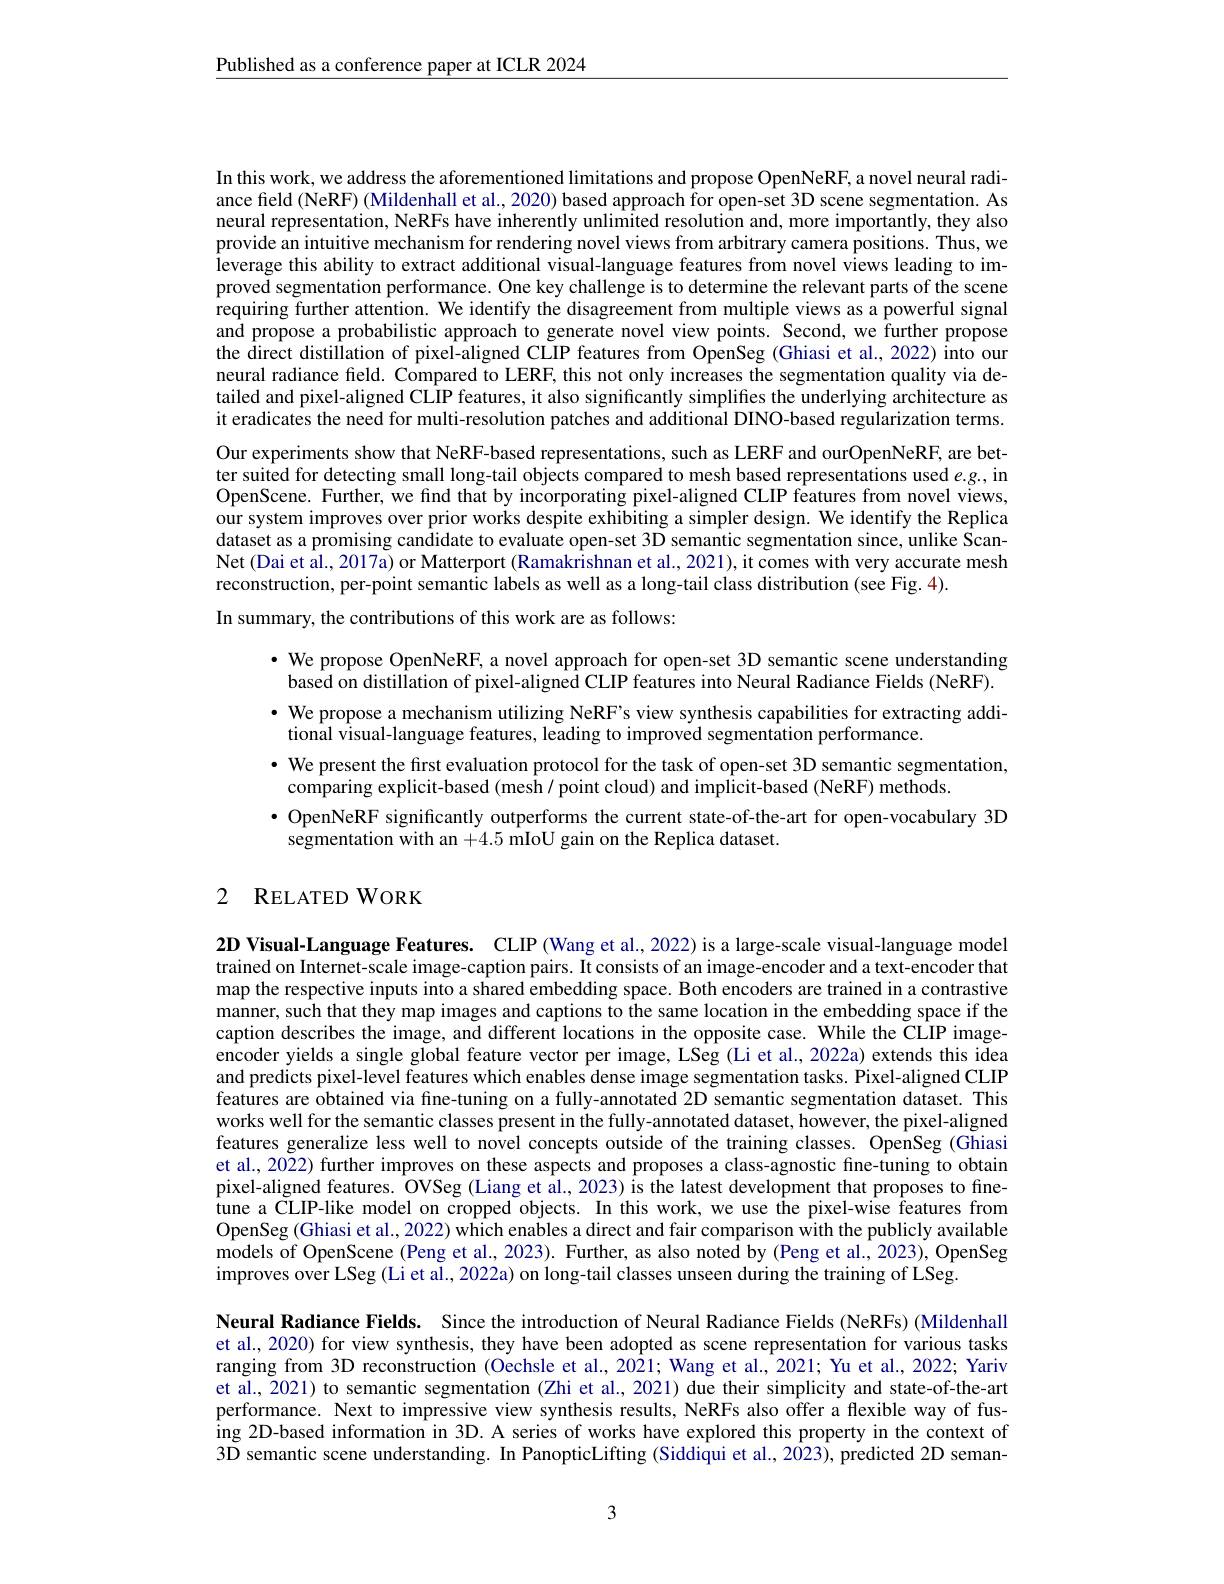
$\underline{\text{Published as a conference paper at ICLR 2024}}$

In this work, we address the aforementioned limitations and propose OpenNeRF, a novel neural radiance field (NeRF) (Mildenhall et al., 2020) based approach for open-set 3D scene segmentation. As neural representation, NeRFs have inherently unlimited resolution and, more importantly, they also provide an intuitive mechanism for rendering novel views from arbitrary camera positions. Thus, we leverage this ability to extract additional visual-language features from novel views leading to i proved segmentation performance. One key challenge is to determine the relevant parts of the scene requiring further attention. We identify the disagreement from multiple views as a powerful signal and propose a probabilistic approach to generate novel view points. Second, we further propose the direct distillation of pixel-aligned CLIP features from OpenSeg (Ghiasi et al., 2022) into our neural radiance field. Compared to LERF, this not only increases the segmentation quality via detailed and pixel-aligned CLIP features, it also significantly simplifies the underlying architecture as it eradicates the need for multi-resolution patches and additional DINO-based regularization terms Our experiments show that NeRF-based representations, such as LERF and ourOpenNeRF, are better suited for detecting small long-tail objects compared to mesh based representations used $e.g.$, in OpenScene. Further, we find that by incorporating pixel-aligned CLIP features from novel views, our system improves over prior works despite exhibiting a simpler design. We identify the Replica dataset as a promising candidate to evaluate open-set 3D semantic segmentation since, unlike ScanNet (Dai et al., 2017a) or Matterport (Ramakrishnan et al., 2021), it comes with very accurate mesh reconstruction, per-point semantic labels as well as a long-tail class distribution (see Fig. 4).
In summary, the contributions of this work are as follows:

·We propose OpenNeRF, a novel approach for open-set 3D semantic scene understanding based on distillation of pixel-aligned CLIP features into Neural Radiance Fields (NeRF). · We propose a mechanism utilizing NeRF's view synthesis capabilities for extracting additional visual-language features, leading to improved segmentation performance.
$\cdot$ We present the first evaluation protocol for the task of open-set 3D semantic segmentation,
comparing explicit-based (mesh / point cloud) and implicit-based (NeRF) methods.
· OpenNeRF significantly outperforms the current state-of-the-art for open-vocabulary 3D
segmentation with an +4.5 mIoU gain on the Replica dataset.

## 2 RELATED WORK

$2\textbf{D Visual- Language Features. CLIP ( Wang et al. , 2022) is a large- scale visual- language model}$ trained on Internet-scale image-caption pairs. It consists of an image-encoder and a text-encoder that map the respective inputs into a shared embedding space. Both encoders are trained in a contrastive manner, such that they map images and captions to the same location in the embedding space if the caption describes the image, and different locations in the opposite case. While the CLIP imageencoder yields a single global feature vector per image, LSeg (Li et al., 2022a) extends this idea and predicts pixel-level features which enables dense image segmentation tasks. Pixel-aligned CLIP features are obtained via fine-tuning on a fully-annotated 2D semantic segmentation dataset. This works well for the semantic classes present in the fully-annotated dataset, however, the pixel-aligned features generalize less well to novel concepts outside of the training classes. OpenSeg (Ghiasi et al., 2022) further improves on these aspects and proposes a class-agnostic fine-tuning to obtain pixel-aligned features. OVSeg (Liang et al., 2023) is the latest development that proposes to finetune a CLIP-like model on cropped objects. In this work, we use the pixel-wise features from OpenSeg (Ghiasi et al., 2022) which enables a direct and fair comparison with the publicly available models of OpenScene (Peng et al., 2023). Further, as also noted by (Peng et al., 2023), OpenSeg $\hat{\text{improves over LSeg (Li et al., 2022a) on long-tail classes unseen during the training of LSeg}.}$

Neural Radiance Fields. Since the introduction of Neural Radiance Fields (NeRFs) (Mildenhall et al., 2020) for view synthesis, they have been adopted as scene representation for various tasks ranging from 3D reconstruction (Öechsle et al., 2021; Wang et al., 2021; Yu et al., 2022; Yariv et al., 2021) to semantic segmentation (Zhi et al., 2021) due their simplicity and state-of-the-ar performance. Next to impressive view synthesis results, NeRFs also offer a flexible way of fus- $\hat{\text{ing 2D-based information in 3D. A series of works have explored this property in the context of}}$ 3D semantic scene understanding. In PanopticLifting (Siddiqui et al., 2023), predicted 2D seman-

3